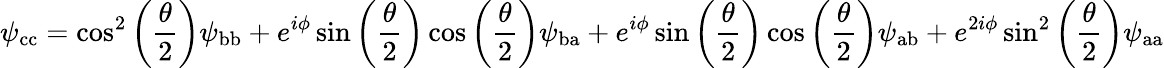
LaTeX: \psi_{\mathrm{cc}}=\cos^{2}\left(\frac{\theta}{2}\right)\psi_{\mathrm{bb}}+e^{i\phi}\sin\left(\frac{\theta}{2}\right)\cos\left(\frac{\theta}{2}\right)\psi_{\mathrm{ba}}+e^{i\phi}\sin\left(\frac{\theta}{2}\right)\cos\left(\frac{\theta}{2}\right)\psi_{\mathrm{ab}}+e^{2i\phi}\sin^{2}\left(\frac{\theta}{2}\right)\psi_{\mathrm{aa}}